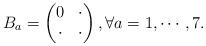
LaTeX: \begin{align*}B_a=\begin{pmatrix} 0&\cdot\\\cdot&\cdot\end{pmatrix}, \forall a=1,\cdots,7.\end{align*}